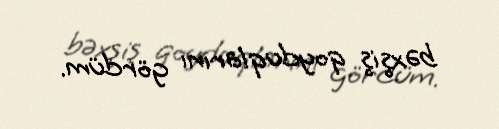
bəxşiş qoyduqlarını gördüm.